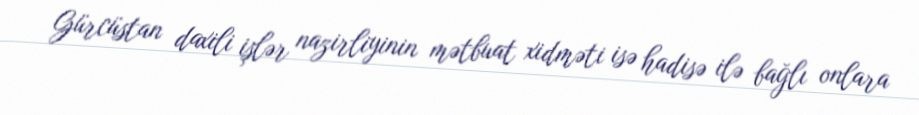
Gürcüstan daxili işlər nazirliyinin mətbuat xidməti isə hadisə ilə bağlı onlara